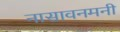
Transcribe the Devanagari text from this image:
नासावनमनी